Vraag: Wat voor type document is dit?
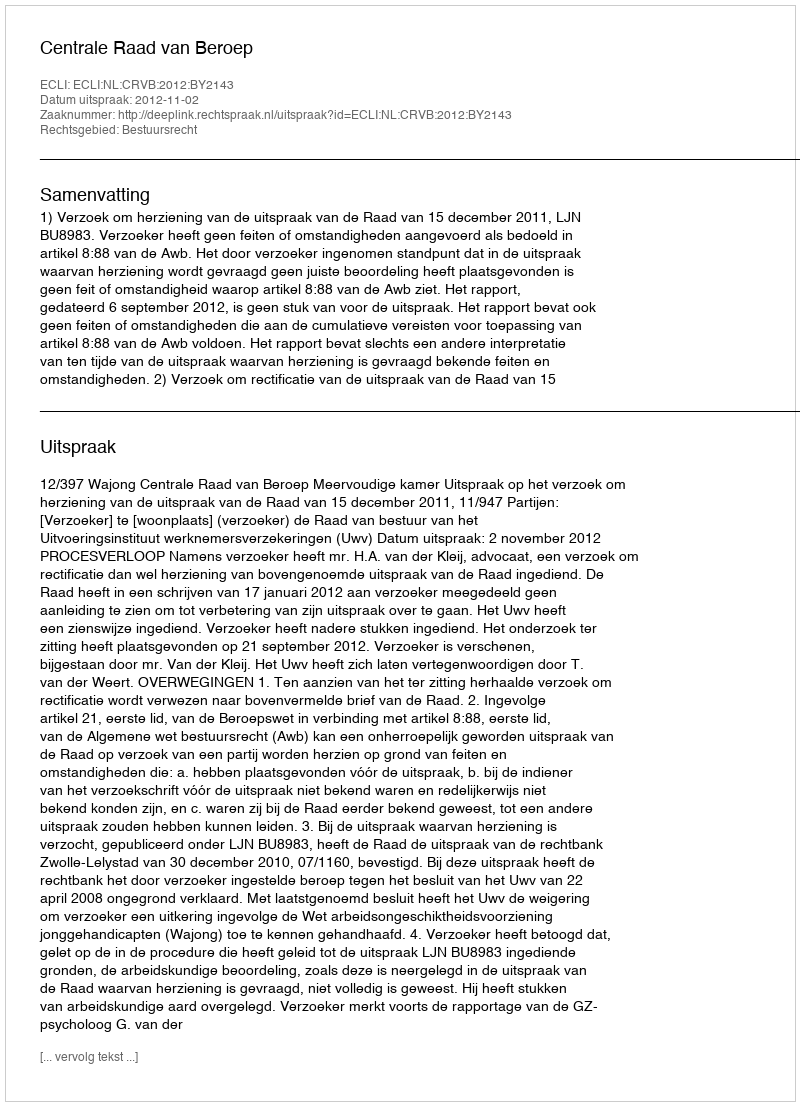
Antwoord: Uitspraak